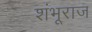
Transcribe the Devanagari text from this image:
शंभूराज